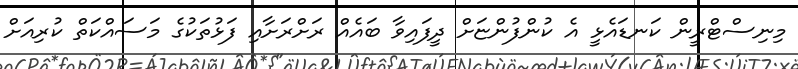
މިނިސްޓްރީން ކަނޑައެޅީ އެ ކުންފުންޏަށް ދީފައިވާ ބައެއް ރަށްރަށާއި ފަޅުތަކުގެ މަސައްކަތް ކުރިއަށް